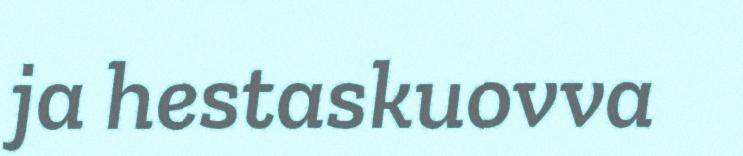
ja hestaskuovva